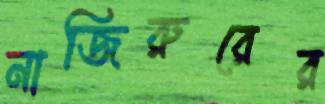
নাজিরুরের